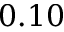
0 . 1 0